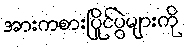
အားကစားပြိုင်ပွဲများကို